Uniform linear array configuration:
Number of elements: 4
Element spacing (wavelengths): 0.75
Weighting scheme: uniform
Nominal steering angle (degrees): -60
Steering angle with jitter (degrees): -61.331
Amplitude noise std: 0.05
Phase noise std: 0.05

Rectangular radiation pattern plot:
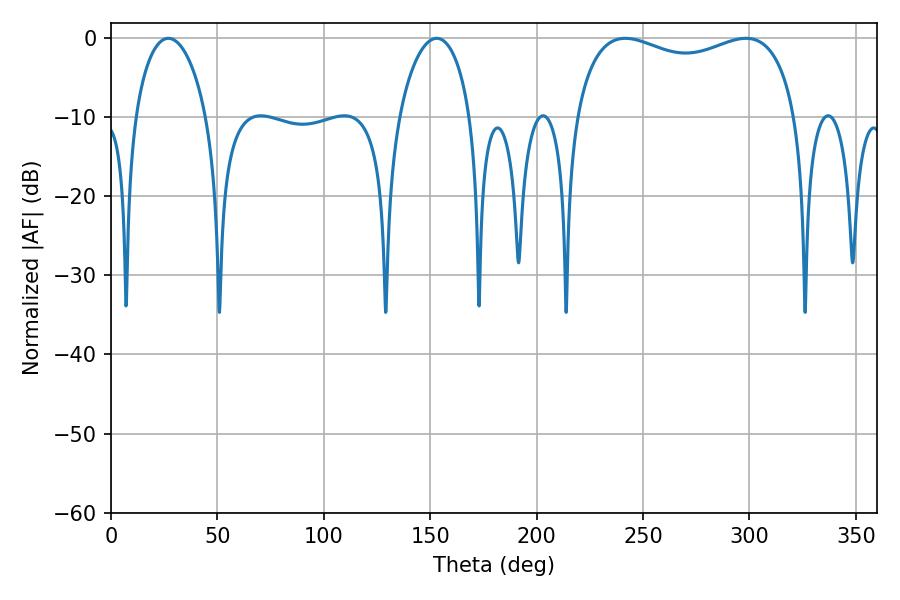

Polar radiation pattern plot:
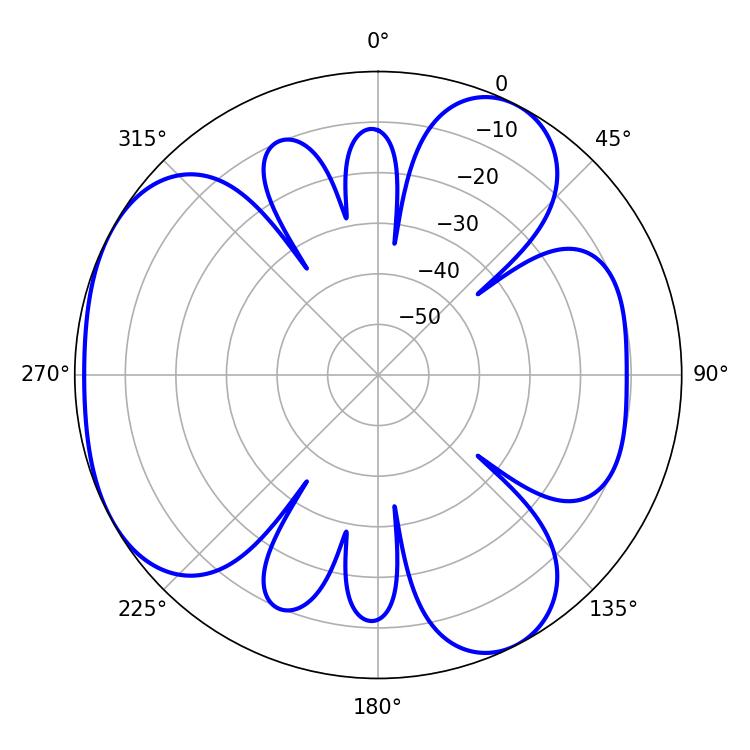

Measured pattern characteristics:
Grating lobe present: TRUE
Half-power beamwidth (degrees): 86.04
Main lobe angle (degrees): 241.74